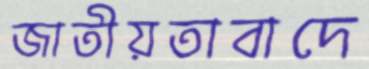
জাতীয়তাবাদে